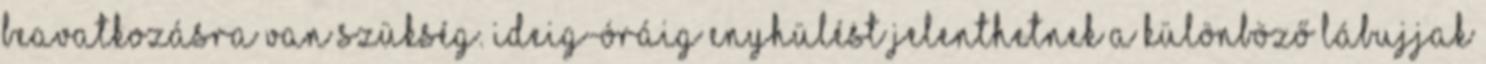
beavatkozásra van szükség. Ideig-óráig enyhülést jelenthetnek a különböző lábujjak